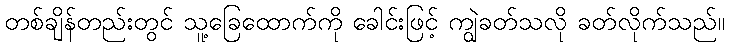
တစ်ချိန်တည်းတွင် သူ့ခြေထောက်ကို ခေါင်းဖြင့် ကျွဲခတ်သလို ခတ်လိုက်သည်။